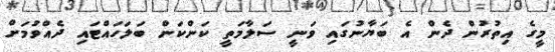
މީގެ އިތުރުން ދެން އެ ބަޔާނުގައި ވަނީ ސަލާމަތީ ކަންކަން ބަލަހައްޓައި ދެއްވުމަށް